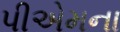
પીએમના